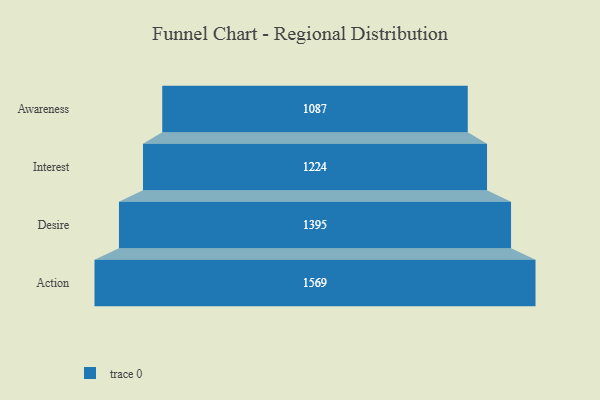
{"axis": {"x": "Stage", "y": "Value"}, "legend": [""], "data": [{"x": "Awareness", "y": 1087.0, "type": ""}, {"x": "Interest", "y": 1224.0, "type": ""}, {"x": "Desire", "y": 1395.0, "type": ""}, {"x": "Action", "y": 1569.0, "type": ""}]}